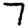
Digit: 7